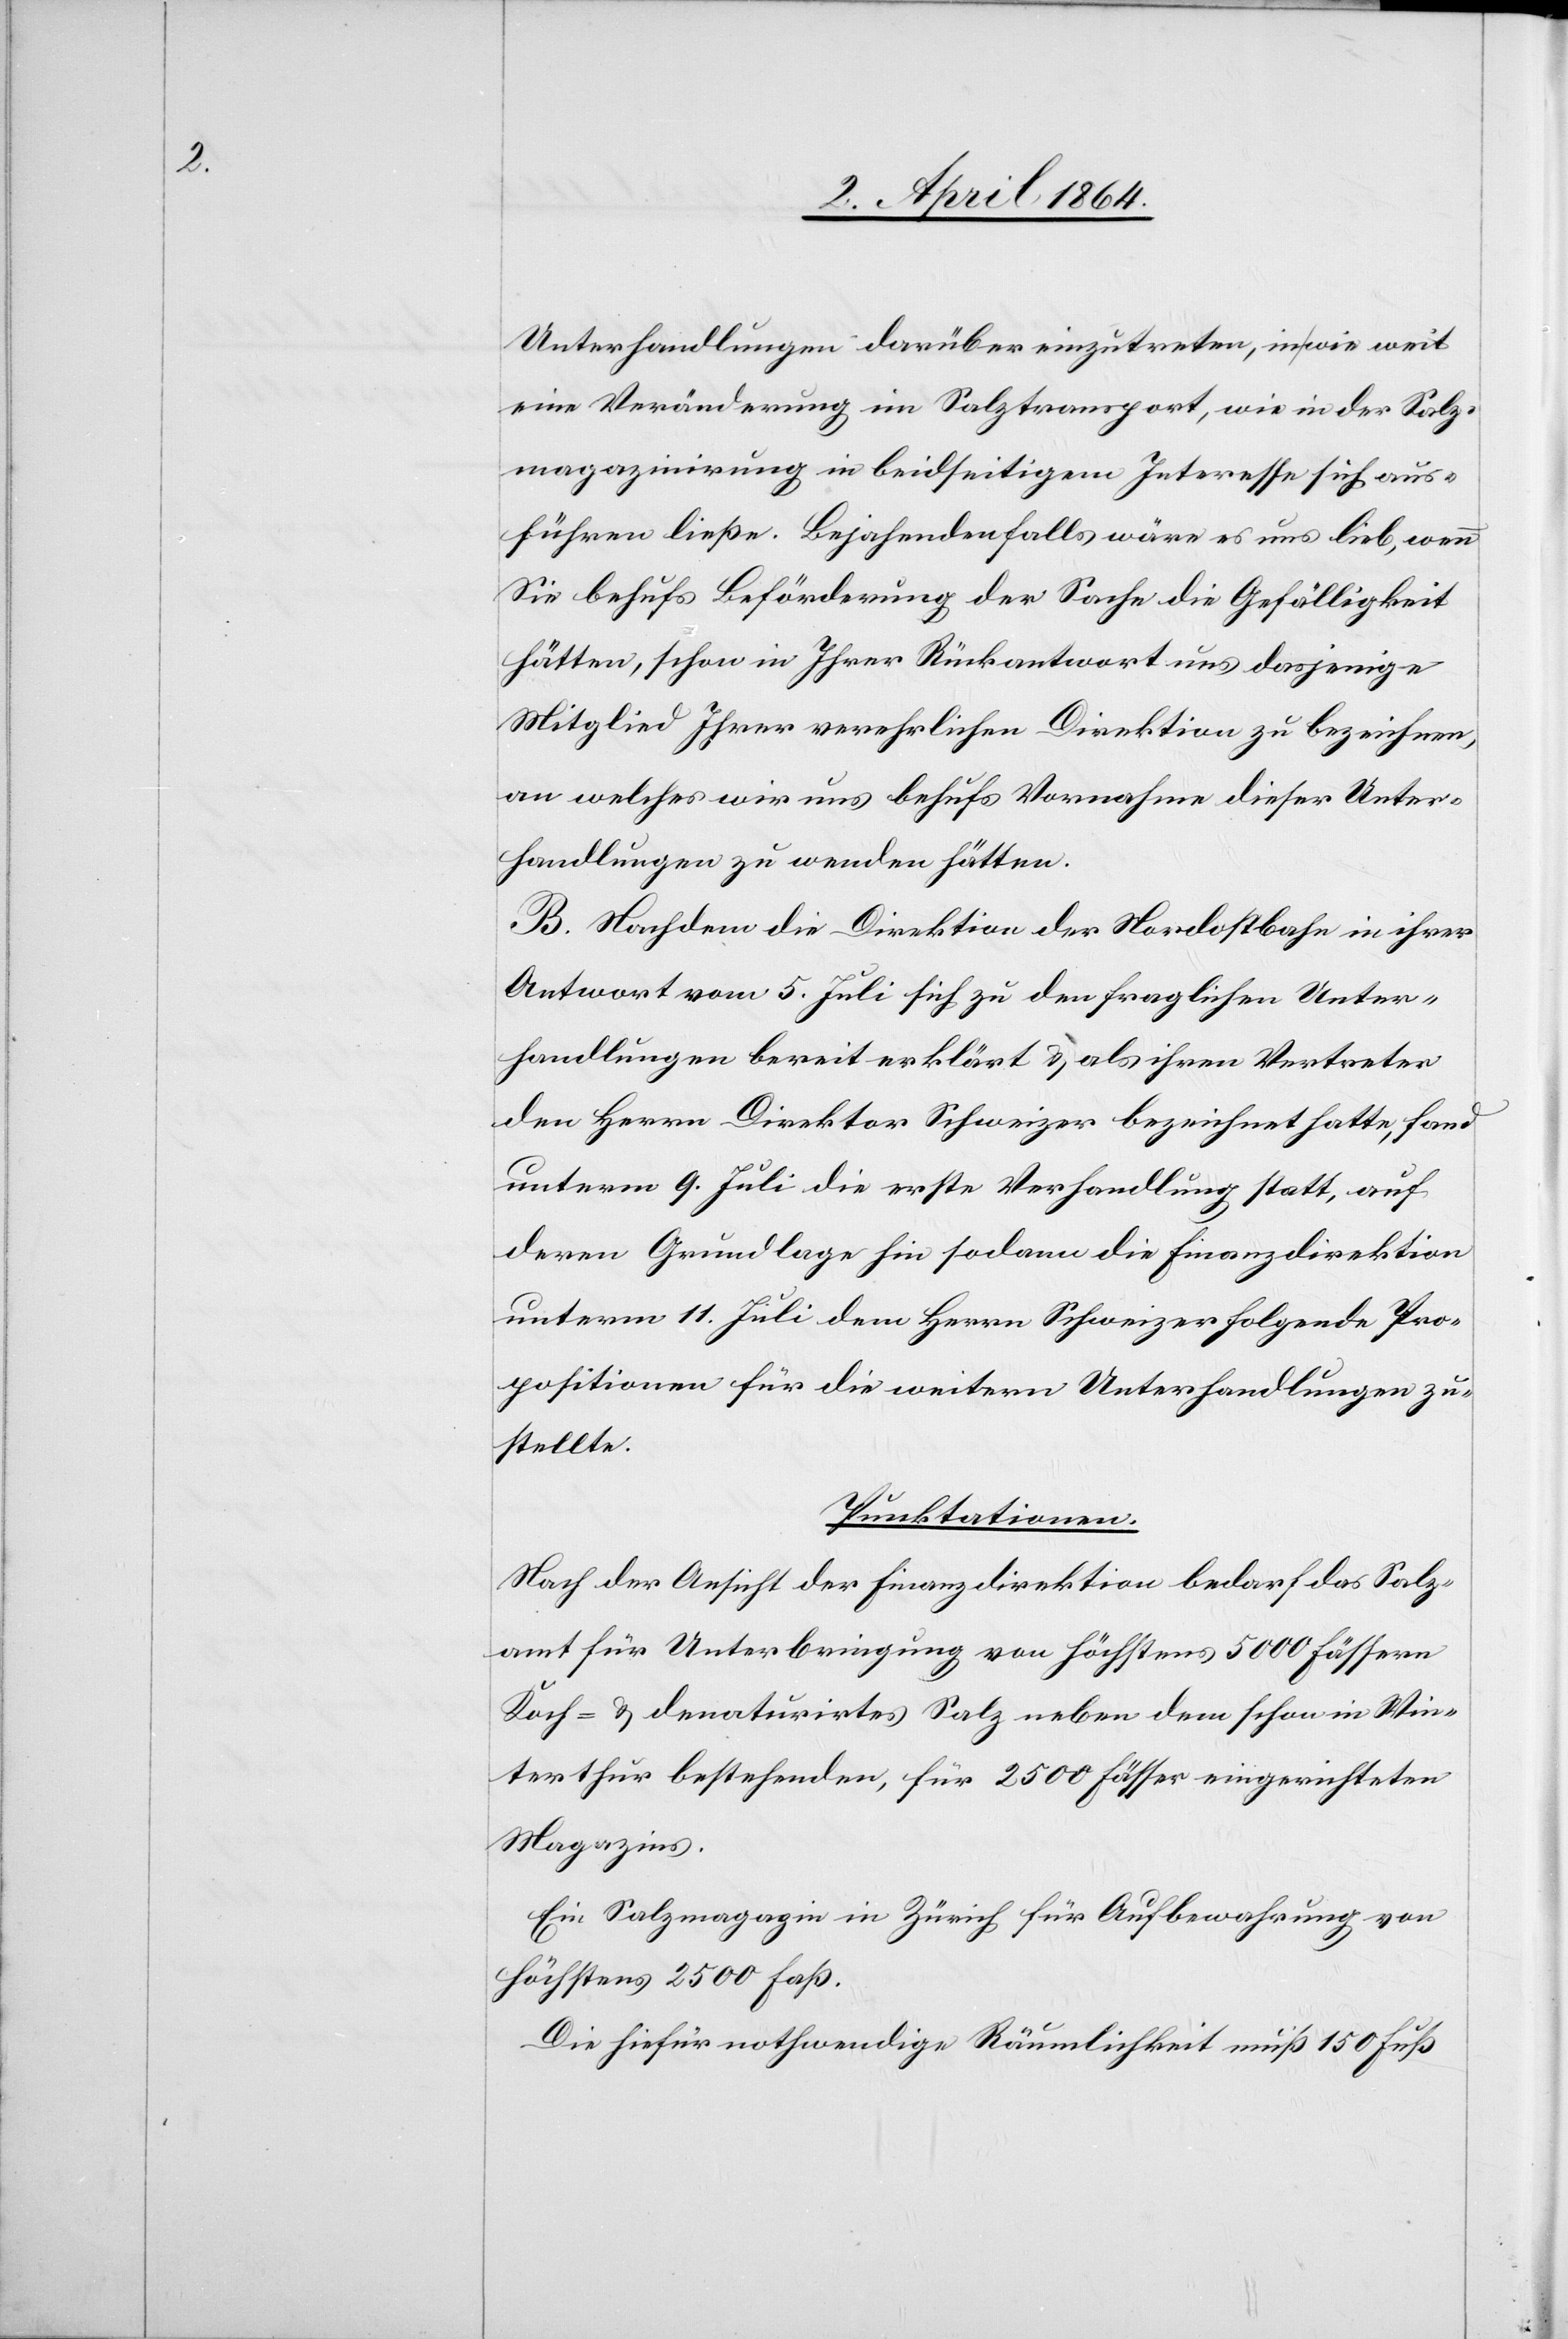
Unterhandlungen darüber einzutreten, in wie weit
eine Veränderung im Salztransport, wie in der Salz¬
magazinirung in beidseitigem Interesse sich aus¬
führen ließe. Bejahendenfalls wäre es uns lieb, wenn
Sie behufs Beförderung der Sache die Gefälligkeit
hätten, schon in Ihrer Rückantwort uns dasjenige
Mitglied Ihrer verehrlichen Direktion zu bezeichnen,
an welches wir uns behufs Vornahme dieser Unter¬
handlungen zu wenden hätten.
B. Nachdem die Direktion der Nordostbahn in ihrer
Antwort vom 5. Juli sich zu den fraglichen Unter¬
handlungen bereit erklärt u. als ihren Vertreter
den Herrn Direktor Schweizer bezeichnet hatte, fand
unterm 9. Juli die erste Verhandlung statt, auf
deren Grundlage hin sodann die Finanzdirektion
unterm 11. Juli dem Herrn Schweizer folgende Pro¬
positionen für die weitern Unterhandlungen zu¬
stellte.
Punktationen:
Nach der Ansicht der Finanzdirektion bedarf das Salz¬
amt für Unterbringung von höchstens 5000 Fässern
Koch- u. denaturirtes Salz neben dem schon in Win¬
terthur bestehenden, für 2500 Fässer eingerichteten
Magazins.
Ein Salzmagazin in Zürich für Aufbewahrung von
höchstens 2500 Faß.
Die hiefür nothwendige Räumlichkeit muß 150 Fuß